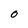
Character: O